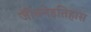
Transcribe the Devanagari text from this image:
जीवनेइतिहास